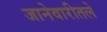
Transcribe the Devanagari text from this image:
जानेवारीतले